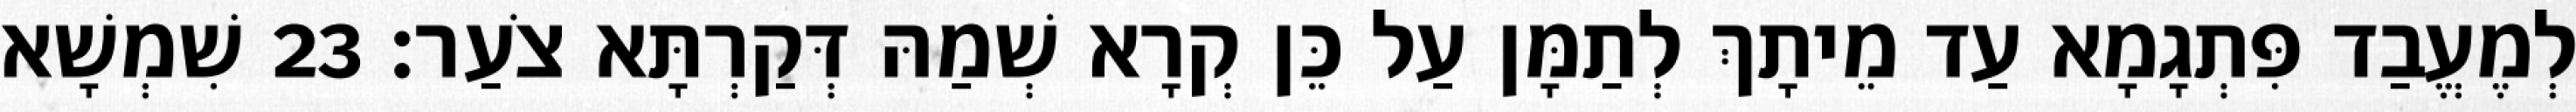
לְמֶעֱבַד פִּתְגָמָא עַד מֵיתָךְ לְתַמָּן עַל כֵּן קְרָא שְׁמַהּ דְּקַרְתָּא צֹעַר׃ 23 שִׁמְשָׁא